Investigations on Bengal jail dietaries - Number 37
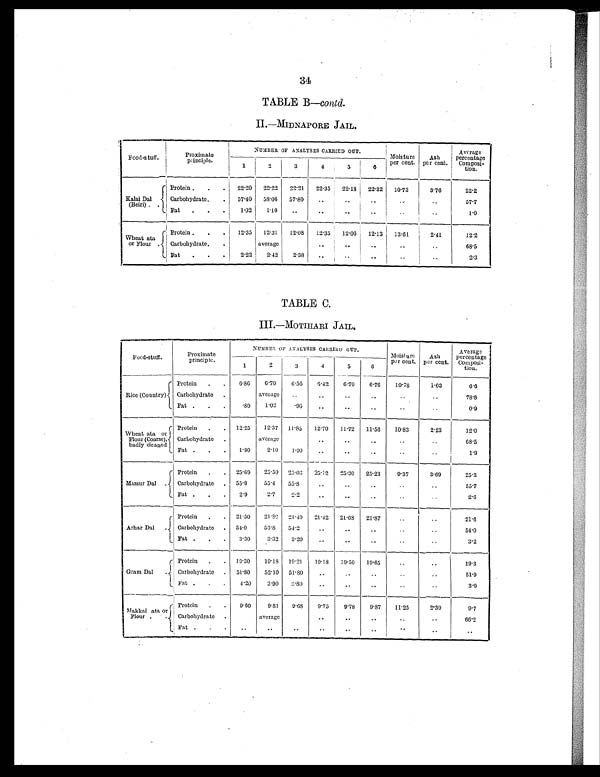
34
TABLE B—contd.
II.—MIDNAPORE JAIL
Food-stuff.
Proximate
principle.
NUMBER OF ANALYSES CARRIED OUT.
Moisture
per cent.
As
h p e r c e n t .
Average
percentage
Composi-
tion.
1
2
3
4
5
6
Kalai Dal
(Beiri) ..
Protein.
.
.
22.20
22.22
22.21
22.35
22.18
22.32
10.73
3.76
22.2
Carbohydrate.
.
57.40
58.06
57.80
..
..
..
..
57.7
Fat
.
.
1.02
1.10
.. .. .. ..
..
..
1.0
Wheat ata
or Flour
Protein .
.
12.35
12.31
12.08 12.35
12.06
12.13
13.61
2.41
12.2
Carbohydrate.
.
average
..
..
..
..
..
68.5
Fat
.
.
2.22
2.42
2.38
..
..
..
..
..
2.3
TABLE C.
III.—MOTIHARI JAIL
Food-stuff..
Proximate
principle.
NUMBER OF ANALYSES CARRIED OUT.
Moisture
per cent.
Ash
per cent.
Average
percentage
Composi-
tion.
1
2
3
4
5
6
Rice (Country)
Protein
.
.
6.86
6.70
6.56
6.42
6.70
6.76
10.78
1.03
6.6
Carbohydrate.
average
..
..
..
..
..
..
78.8
Fat .
.
.
. 8 0
1.03
.90
. .
..
..
..
..
0.9
Wheat ata or
Flour (Coarse),
badly cleaned
Protein
.
. 12. 25
12.37 11'85
12.70
11.72
11.56
10.83
2'23
12.0
Carbohydrate .
average
..
..
..
..
68.5
Fat .
.
.
1.90
2.10
1.90
..
.. .. ..
..
1.9
Massur Dal
Protein .
. 25.69
25.50 25.03
25.12
25.30
25.23
9.37
3.69
25.3
Carbohydrate . 55.9
55.4
55.8
..
..
..
..
..
55.7
Fat .
.
.
2.0
2.7
2.2
..
..
..
..
..
2.6
Arhar Dal
Protein .
. 21.50
21.80 21.40
21.42 21.68
21.87
..
..
21.6
Carbohydrate . 54. 0
53.8
54. 2
..
..
..
..
..
54.0
Fat .
.
.
3.30
3.32
3.20
..
.. ..
..
..
3.2
Gram Dal
.
Protein .
. 19.30
19.18 19.21.
19.18
19.50
19.65
..
..
19.3
Carbohydrate . 51.80
52.10 51.80
..
. .
..
..
..
51.9
Fat .
.
.
4.20
3.90
3.80
..
..
..
..
..
3.9
Makkai ata or
Flour .
Protein .
.
9.60
9.81
9.68
9.75
9.78
9.87
11.25
2.39
9.7
Carbohydrate .
average
.. .. .. .. ..
66.2
Fat .
.
.
..
..
..
..
..
.. ..
..
..